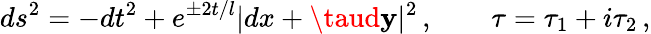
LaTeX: ds^{2}=-dt^{2}+e^{\pm2t/l}|dx+\taud\mathbf{y}|^{2}\, ,\qquad\tau=\tau_{1}+i\tau_{2}\, ,